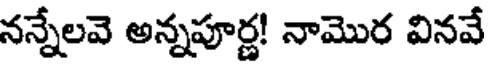
నన్నేలవె అన్నపూర్ణ! నామొర వినవే